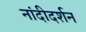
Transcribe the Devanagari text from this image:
नांदीदर्शन